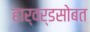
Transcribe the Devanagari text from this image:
हार्वर्डसोबत